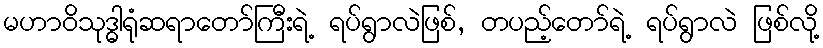
မဟာဝိသုဒ္ဓါရုံဆရာတော်ကြီးရဲ့ ရပ်ရွာလဲဖြစ်, တပည့်တော်ရဲ့ ရပ်ရွာလဲ ဖြစ်လို့